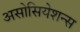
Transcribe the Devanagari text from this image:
असोसियेशन्स